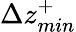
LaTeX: \Delta z_{min}^{+}